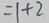
= 1 + 2